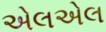
એલએલ